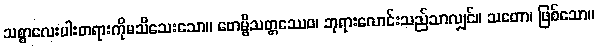
သစ္စာလေးပါးတရားကိုမသိသေးသော။ ဗောမ္ဗိသတ္တဿေဝ၊ ဘုရားလောင်းသည်သာလျှင်။ သတော၊ ဖြစ်သော။